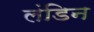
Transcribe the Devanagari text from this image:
लंडिन